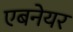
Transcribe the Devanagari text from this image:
एबनेयर